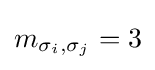
m_{\sigma _{i},\sigma _{j}}=3